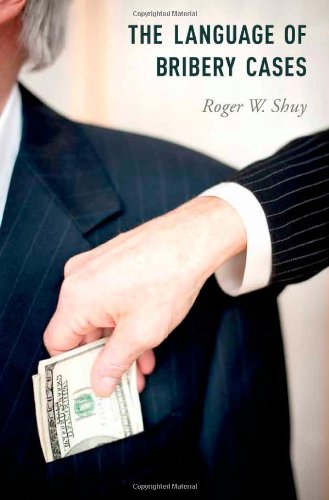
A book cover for The Language of Bribery Cases (Oxford Studies in Language and Law); Roger W. Shuy; Law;